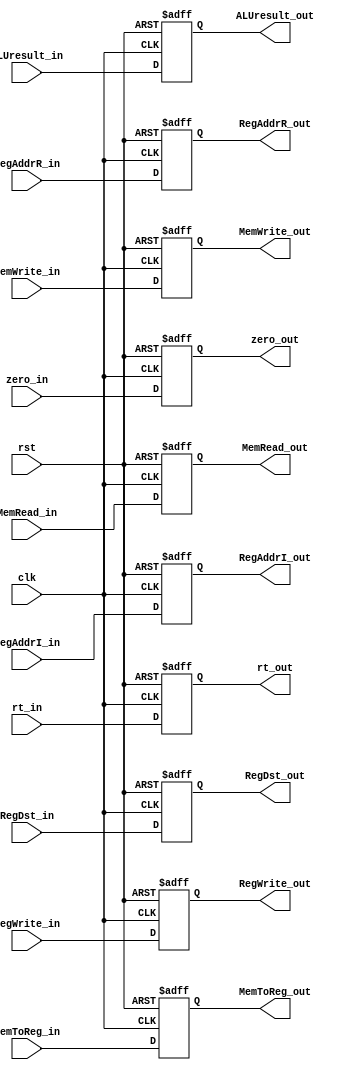

module EXMEM (clk, rst ,ALUresult_in,zero_in,rt_in,RegDst_in,RegAddrI_in,RegAddrR_in,MemRead_in,MemWrite_in,RegWrite_in,MemToReg_in,ALUresult_out,zero_out,rt_out,RegDst_out,RegAddrI_out,RegAddrR_out,MemRead_out,MemWrite_out,RegWrite_out,MemToReg_out);
               
   input         clk;
   input         rst;
   input  [31:0] ALUresult_in;
   input  zero_in;
   input  [31:0] rt_in;
   input  RegDst_in;
   input  [4:0] RegAddrI_in;
   input  [4:0] RegAddrR_in;
   input  MemRead_in;
   input  MemWrite_in;
   input  RegWrite_in;
   input  MemToReg_in;
   output [31:0] ALUresult_out;
   output zero_out;
   output [31:0] rt_out;
   output  RegDst_out;
   output [4:0] RegAddrI_out;
   output [4:0] RegAddrR_out;
   output MemRead_out;
   output MemWrite_out;
   output RegWrite_out;
   output MemToReg_out;
   
   reg [31:0] ALUresult;
   reg zero;
   reg [31:0] rt;
   reg RegDst;
   reg [4:0] RegAddrI;
   reg [4:0] RegAddrR;
   reg MemRead;
   reg MemWrite;
   reg RegWrite;
   reg MemToReg;
               
   always @(posedge clk or posedge rst) begin
      if ( rst ) 
        begin
            ALUresult <= 0;
            zero <= 0;
            rt<=0;
            RegDst<=0;
            RegAddrI <= 0;
            RegAddrR <= 0;
            MemRead <= 0;
            MemWrite <= 0;
            RegWrite <= 0;
            MemToReg <= 0;
        end
      else
        begin
           ALUresult <= ALUresult_in;
           zero <= zero_in;
           rt<=rt_in;
           RegDst<=RegDst_in;
           RegAddrI <= RegAddrI_in;
           RegAddrR <= RegAddrR_in;
           MemRead <= MemRead_in;
           MemWrite <= MemWrite_in;
           RegWrite <= RegWrite_in;
           MemToReg <= MemToReg_in;
        end
   end // end always
   assign ALUresult_out = ALUresult;
   assign zero_out = zero;
   assign rt_out = rt;
   assign RegDst_out=RegDst;
   assign RegAddrI_out = RegAddrI;
   assign RegAddrR_out = RegAddrR;
   assign MemRead_out = MemRead;
   assign MemWrite_out = MemWrite;
   assign RegWrite_out = RegWrite;
   assign MemToReg_out = MemToReg;
   
endmodule